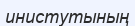
инистутының